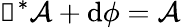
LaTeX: \boldsymbol\upeta^{*}{\cal A}+\mathrm{d}\phi={\cal A}